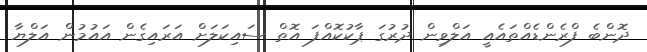
ދޮންބެ ފްރެންޑެއްތައެއީ އަލްވިން ދުރުގަ ޕާކުކޮއްފަ އޮތް ސައިކަލަށް އަރައިގެން އައުމުން އަލްޔާ